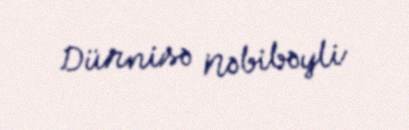
Dürnisə Nəbibəyli